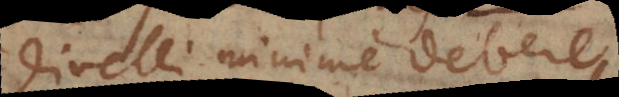
divelli minime debere.